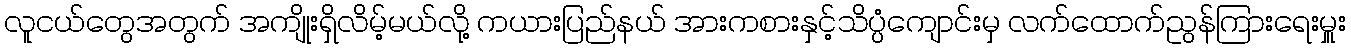
လူငယ်တွေအတွက် အကျိုးရှိလိမ့်မယ်လို့ ကယားပြည်နယ် အားကစားနှင့်သိပ္ပံကျောင်းမှ လက်ထောက်ညွန်ကြားရေးမှူး